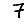
Digit: 7